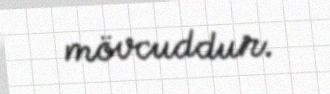
mövcuddur.